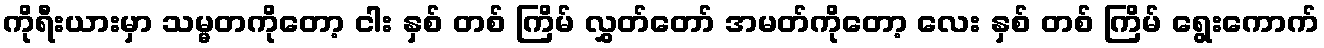
ကိုရီးယားမှာ သမ္မတကိုတော့ ငါး နှစ် တစ် ကြိမ် လွှတ်တော် အမတ်ကိုတော့ လေး နှစ် တစ် ကြိမ် ရွေးကောက်